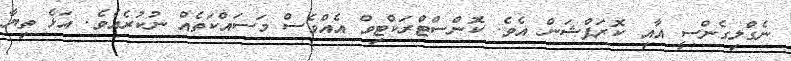
ނެގްލިގެންސީ އާއި ކޮރަޕްޝަން އެވެ. ކޮންސްޓްރަކްޓިވް އެއްވެސް މަސައްކަތެއް ނުކުރެއެވެ. އަޅެ ތިޔާ